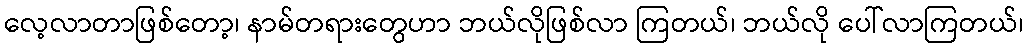
လေ့လာတာဖြစ်တော့၊ နာမ်တရားတွေဟာ ဘယ်လိုဖြစ်လာ ကြတယ်၊ ဘယ်လို ပေါ်လာကြတယ်၊